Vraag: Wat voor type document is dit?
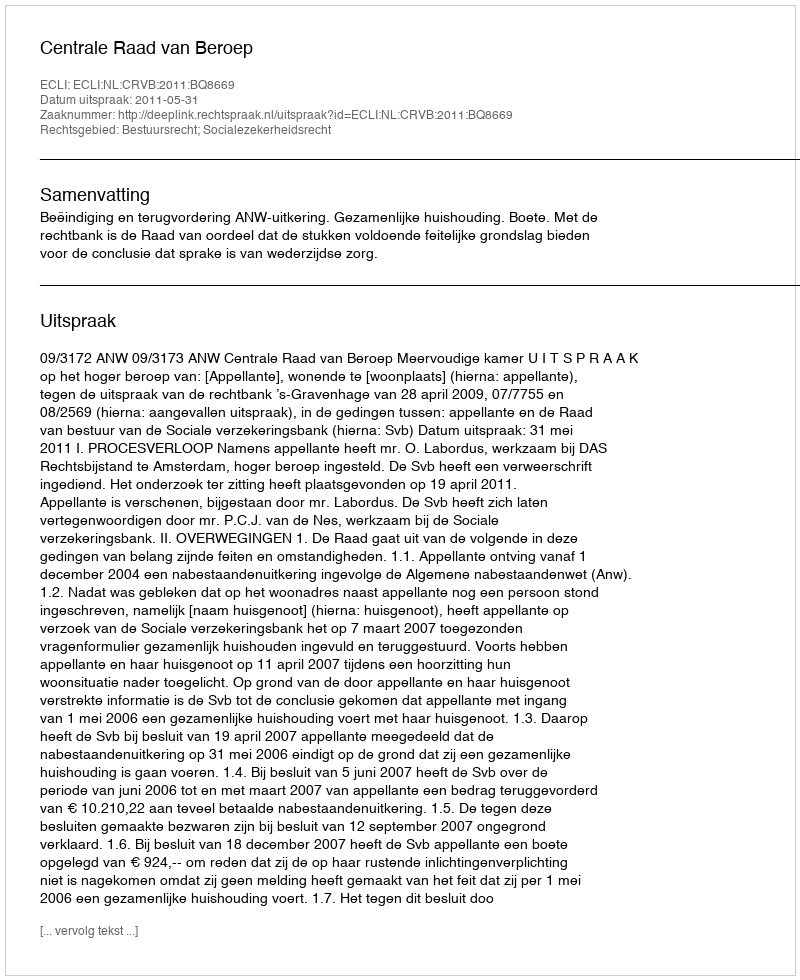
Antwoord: Uitspraak